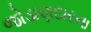
જોડાણદારના